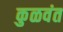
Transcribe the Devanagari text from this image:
कुळवंत